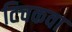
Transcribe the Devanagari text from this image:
टिचकवा